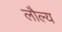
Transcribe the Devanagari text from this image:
लौल्य